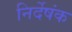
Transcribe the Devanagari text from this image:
निर्देषंक